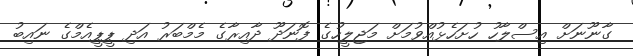
ގާނޫނަށް އިސްލާހު ހުށަހެޅުއްވުމަށް މަޖިލީހުގެ ފޮނަދޫ ދާއިރާގެ މެމްބަރު އަދި ޕީޕީއެމްގެ ނައިބު